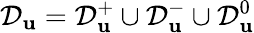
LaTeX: \mathcal{D}_{\mathbf{u}}=\mathcal{D}_{\mathbf{u}}^{+}\cup\mathcal{D}_{\mathbf{u}}^{-}\cup\mathcal{D}_{\mathbf{u}}^{0}